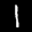
Digit: 1